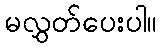
မလွှတ်ပေးပါ။